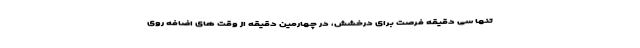
تنها سی دقیقه فرصت برای درخشش، در چهارمین دقیقه از وقت های اضافه روی